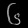
Digit: ၆